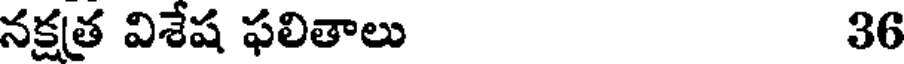
నక్షత్ర విశేష ఫలితాలు 36